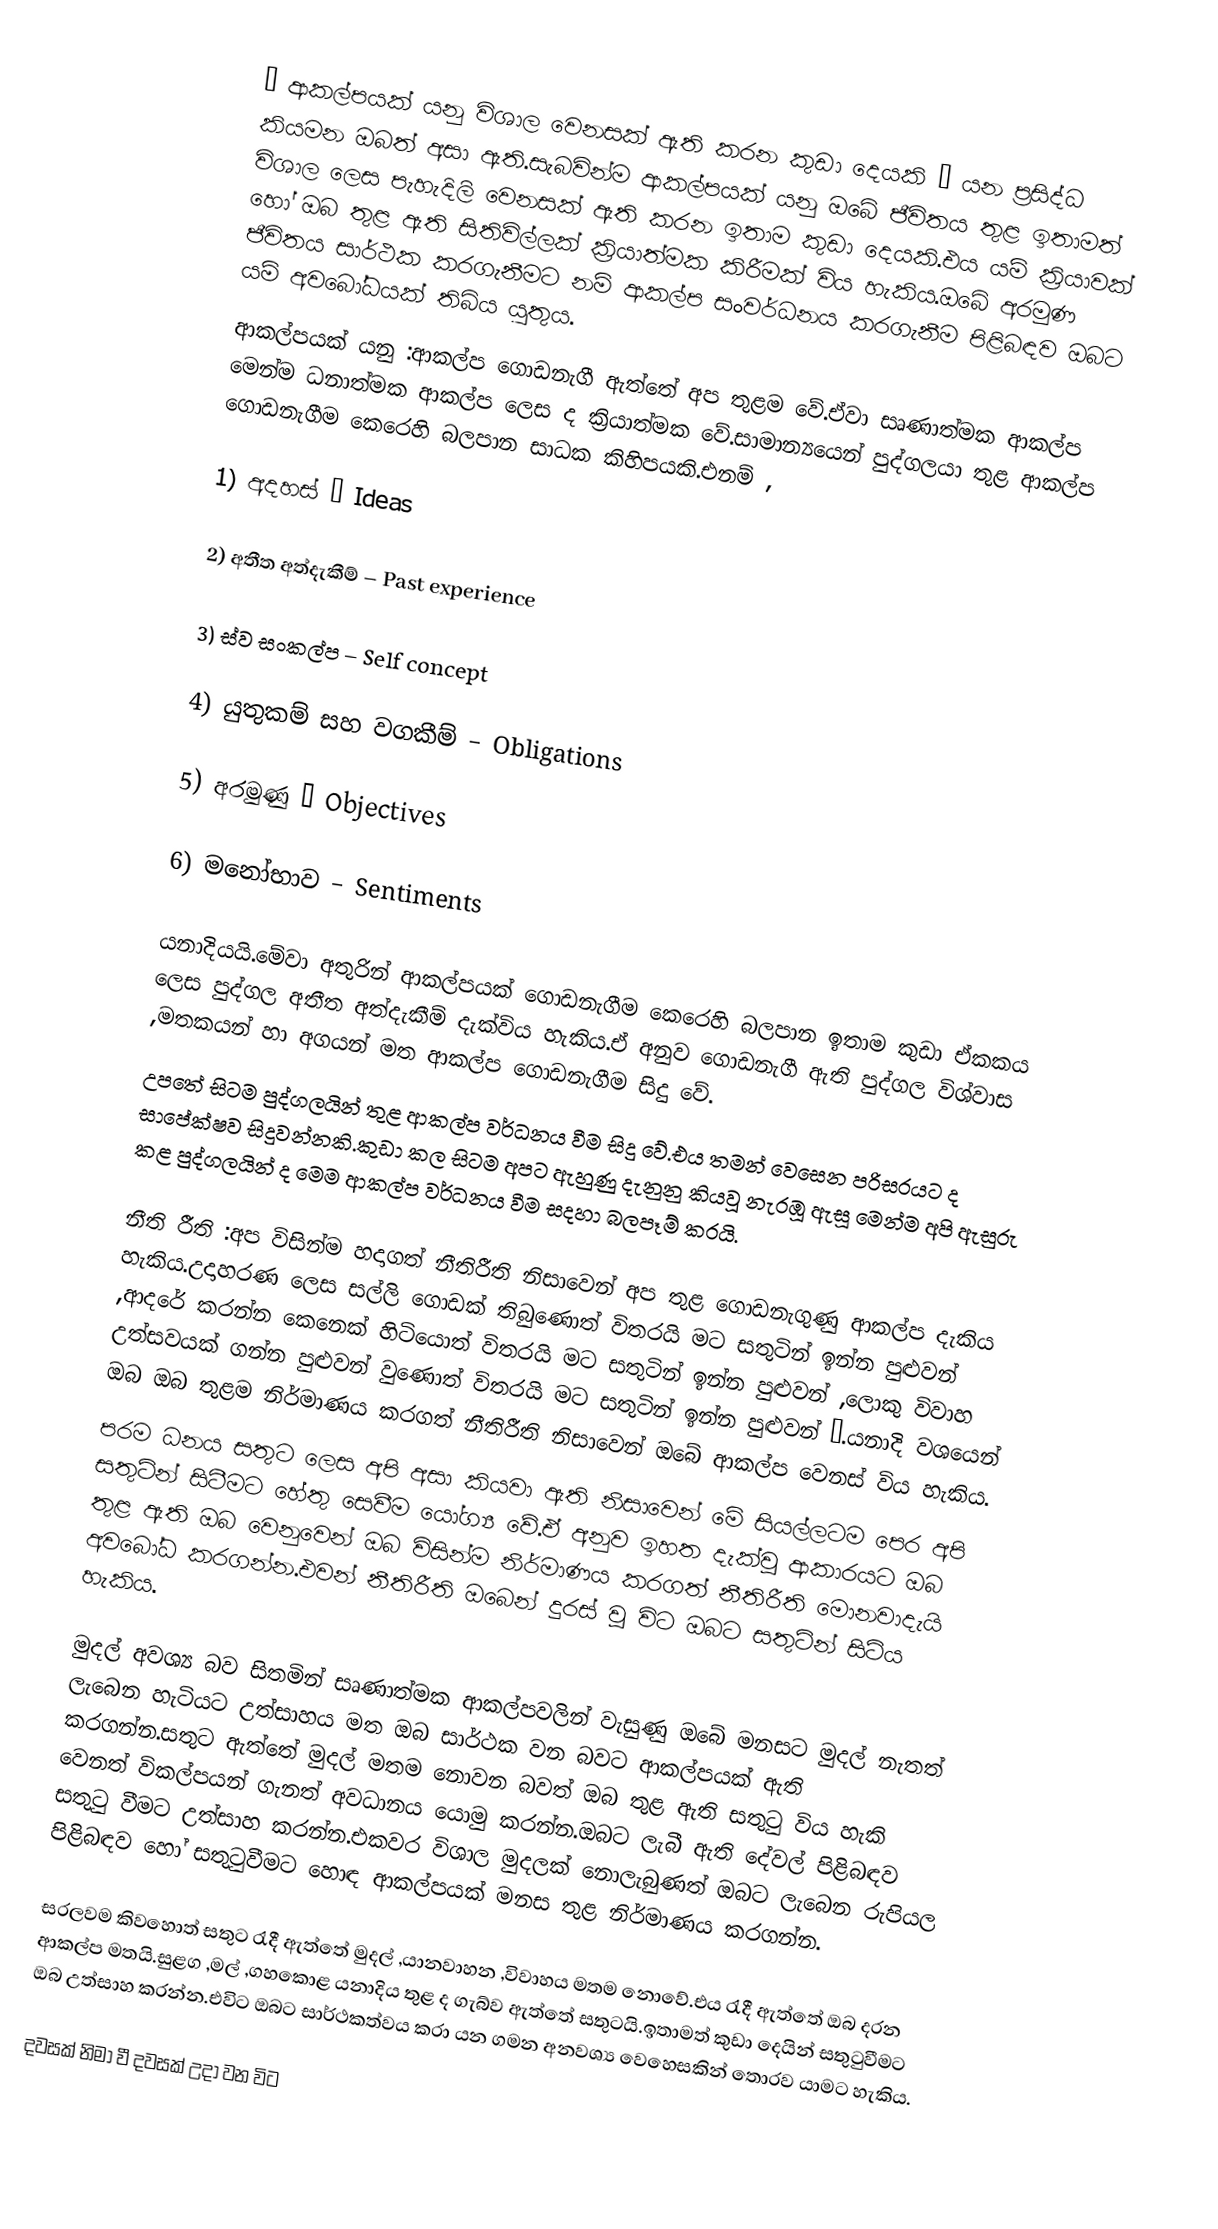
” ආකල්පයක් යනු විශාල වෙනසක් ඇති කරන කුඩා දෙයකි ” යන ප්‍රසිද්ධ කියමන ඔබත් අසා ඇති.සැබවින්ම ආකල්පයක් යනු ඔබේ ජීවිතය තුළ ඉතාමත් විශාල ලෙස පැහැදිලි වෙනසක් ඇති කරන ඉතාම කුඩා දෙයකි.එය යම් ක්‍රියාවක් හෝ ඔබ තුළ ඇති සිතිවිල්ලක් ක්‍රියාත්මක කිරීමක් විය හැකිය.ඔබේ අරමුණ ජීවිතය සාර්ථක කරගැනීමට නම් ආකල්ප සංවර්ධනය කරගැනීම පිළිබඳව ඔබට යම් අවබෝධයක් තිබිය යුතුය.
ආකල්පයක් යනු :ආකල්ප ගොඩනැගී ඇත්තේ අප තුළම වේ.ඒවා සෘණාත්මක ආකල්ප මෙන්ම ධනාත්මක ආකල්ප ලෙස ද ක්‍රියාත්මක වේ.සාමාන්‍යයෙන් පුද්ගලයා තුළ ආකල්ප ගොඩනැගීම කෙරෙහි බලපාන සාධක කිහිපයකි.එනම් ,

1) අදහස් – Ideas

2) අතීත අත්දැකීම් – Past  experience 

3) ස්ව සංකල්ප – Self concept 

4) යුතුකම් සහ වගකීම් – Obligations 

5) අරමුණු – Objectives 

6) මනෝභාව – Sentiments 

යනාදියයි.මේවා අතුරින් ආකල්පයක් ගොඩනැගීම කෙරෙහි බලපාන ඉතාම කුඩා ඒකකය ලෙස පුද්ගල අතීත අත්දැකීම් දැක්විය හැකිය.ඒ අනුව ගොඩනැගී ඇති පුද්ගල විශ්වාස ,මතකයන් හා අගයන් මත ආකල්ප ගොඩනැගීම සිදු වේ.
උපතේ සිටම පුද්ගලයින් තුළ ආකල්ප වර්ධනය වීම සිදු වේ.එය තමන් වෙසෙන පරිසරයට ද සාපේක්ෂව සිදුවන්නකි.කුඩා කල සිටම අපට ඇහුණු දැනුනු කියවූ නැරඹූ ඇසූ මෙන්ම අපි ඇසුරු කළ පුද්ගලයින් ද මෙම ආකල්ප වර්ධනය වීම සදහා බලපෑම් කරයි.

නීති රීති :අප විසින්ම හදාගත් නීතිරීති නිසාවෙන් අප තුළ ගොඩනැගුණු ආකල්ප දැකිය හැකිය.උදාහරණ ලෙස සල්ලි ගොඩක් තිබුණොත් විතරයි මට සතුටින් ඉන්න පුළුවන් ,ආදරේ කරන්න කෙනෙක් හිටියොත් විතරයි මට සතුටින් ඉන්න පුළුවන් ,ලොකු විවාහ උත්සවයක් ගන්න පුළුවන් වුණොත් විතරයි මට සතුටින් ඉන්න පුළුවන් ….යනාදි වශයෙන් ඔබ ඔබ තුළම නිර්මාණය කරගත් නීතිරීති නිසාවෙන් ඔබේ ආකල්ප වෙනස් විය හැකිය.
පරම ධනය සතුට ලෙස අපි අසා කියවා ඇති නිසාවෙන් මේ සියල්ලටම පෙර අපි සතුටින් සිටීමට හේතු සෙවීම යෝග්‍ය වේ.ඒ අනුව ඉහත දැක්වූ ආකාරයට ඔබ තුළ ඇති ඔබ වෙනුවෙන් ඔබ විසින්ම නිර්මාණය කරගත් නීතිරීති මොනවාදැයි අවබෝධ කරගන්න.එවන් නීතිරීති ඔබෙන් දුරස් වූ විට ඔබට සතුටින් සිටිය හැකිය.

මුදල් අවශ්‍ය බව සිතමින් සෘණාත්මක ආකල්පවලින් වැසුණු ඔබේ මනසට මුදල් නැතත් ලැබෙන හැටියට උත්සාහය මත ඔබ සාර්ථක වන බවට ආකල්පයක් ඇති කරගන්න.සතුට ඇත්තේ මුදල් මතම නොවන බවත් ඔබ තුළ ඇති සතුටු විය හැකි වෙනත් විකල්පයන් ගැනත් අවධානය යොමු කරන්න.ඔබට ලැබී ඇති දේවල් පිළිබඳව සතුටු වීමට උත්සාහ කරන්න.එකවර විශාල මුදලක් නොලැබුණත් ඔබට ලැබෙන රුපියල පිළිබඳව හෝ සතුටුවීමට හොඳ ආකල්පයක් මනස තුළ නිර්මාණය කරගන්න.

සරලවම කිවහොත් සතුට රැදී ඇත්තේ මුදල් ,යානවාහන ,විවාහය මතම නොවේ.එය රැදී ඇත්තේ ඔබ දරන ආකල්ප මතයි.සුළග ,මල් ,ගහකොළ යනාදිය තුළ ද ගැබ්ව ඇත්තේ සතුටයි.ඉතාමත් කුඩා දෙයින් සතුටුවීමට ඔබ උත්සාහ කරන්න.එවිට ඔබට සාර්ථකත්වය කරා යන ගමන අනවශ්‍ය වෙහෙසකින් තොරව යාමට හැකිය.

දවසක් නිමා වී දවසක් උදා වන විට